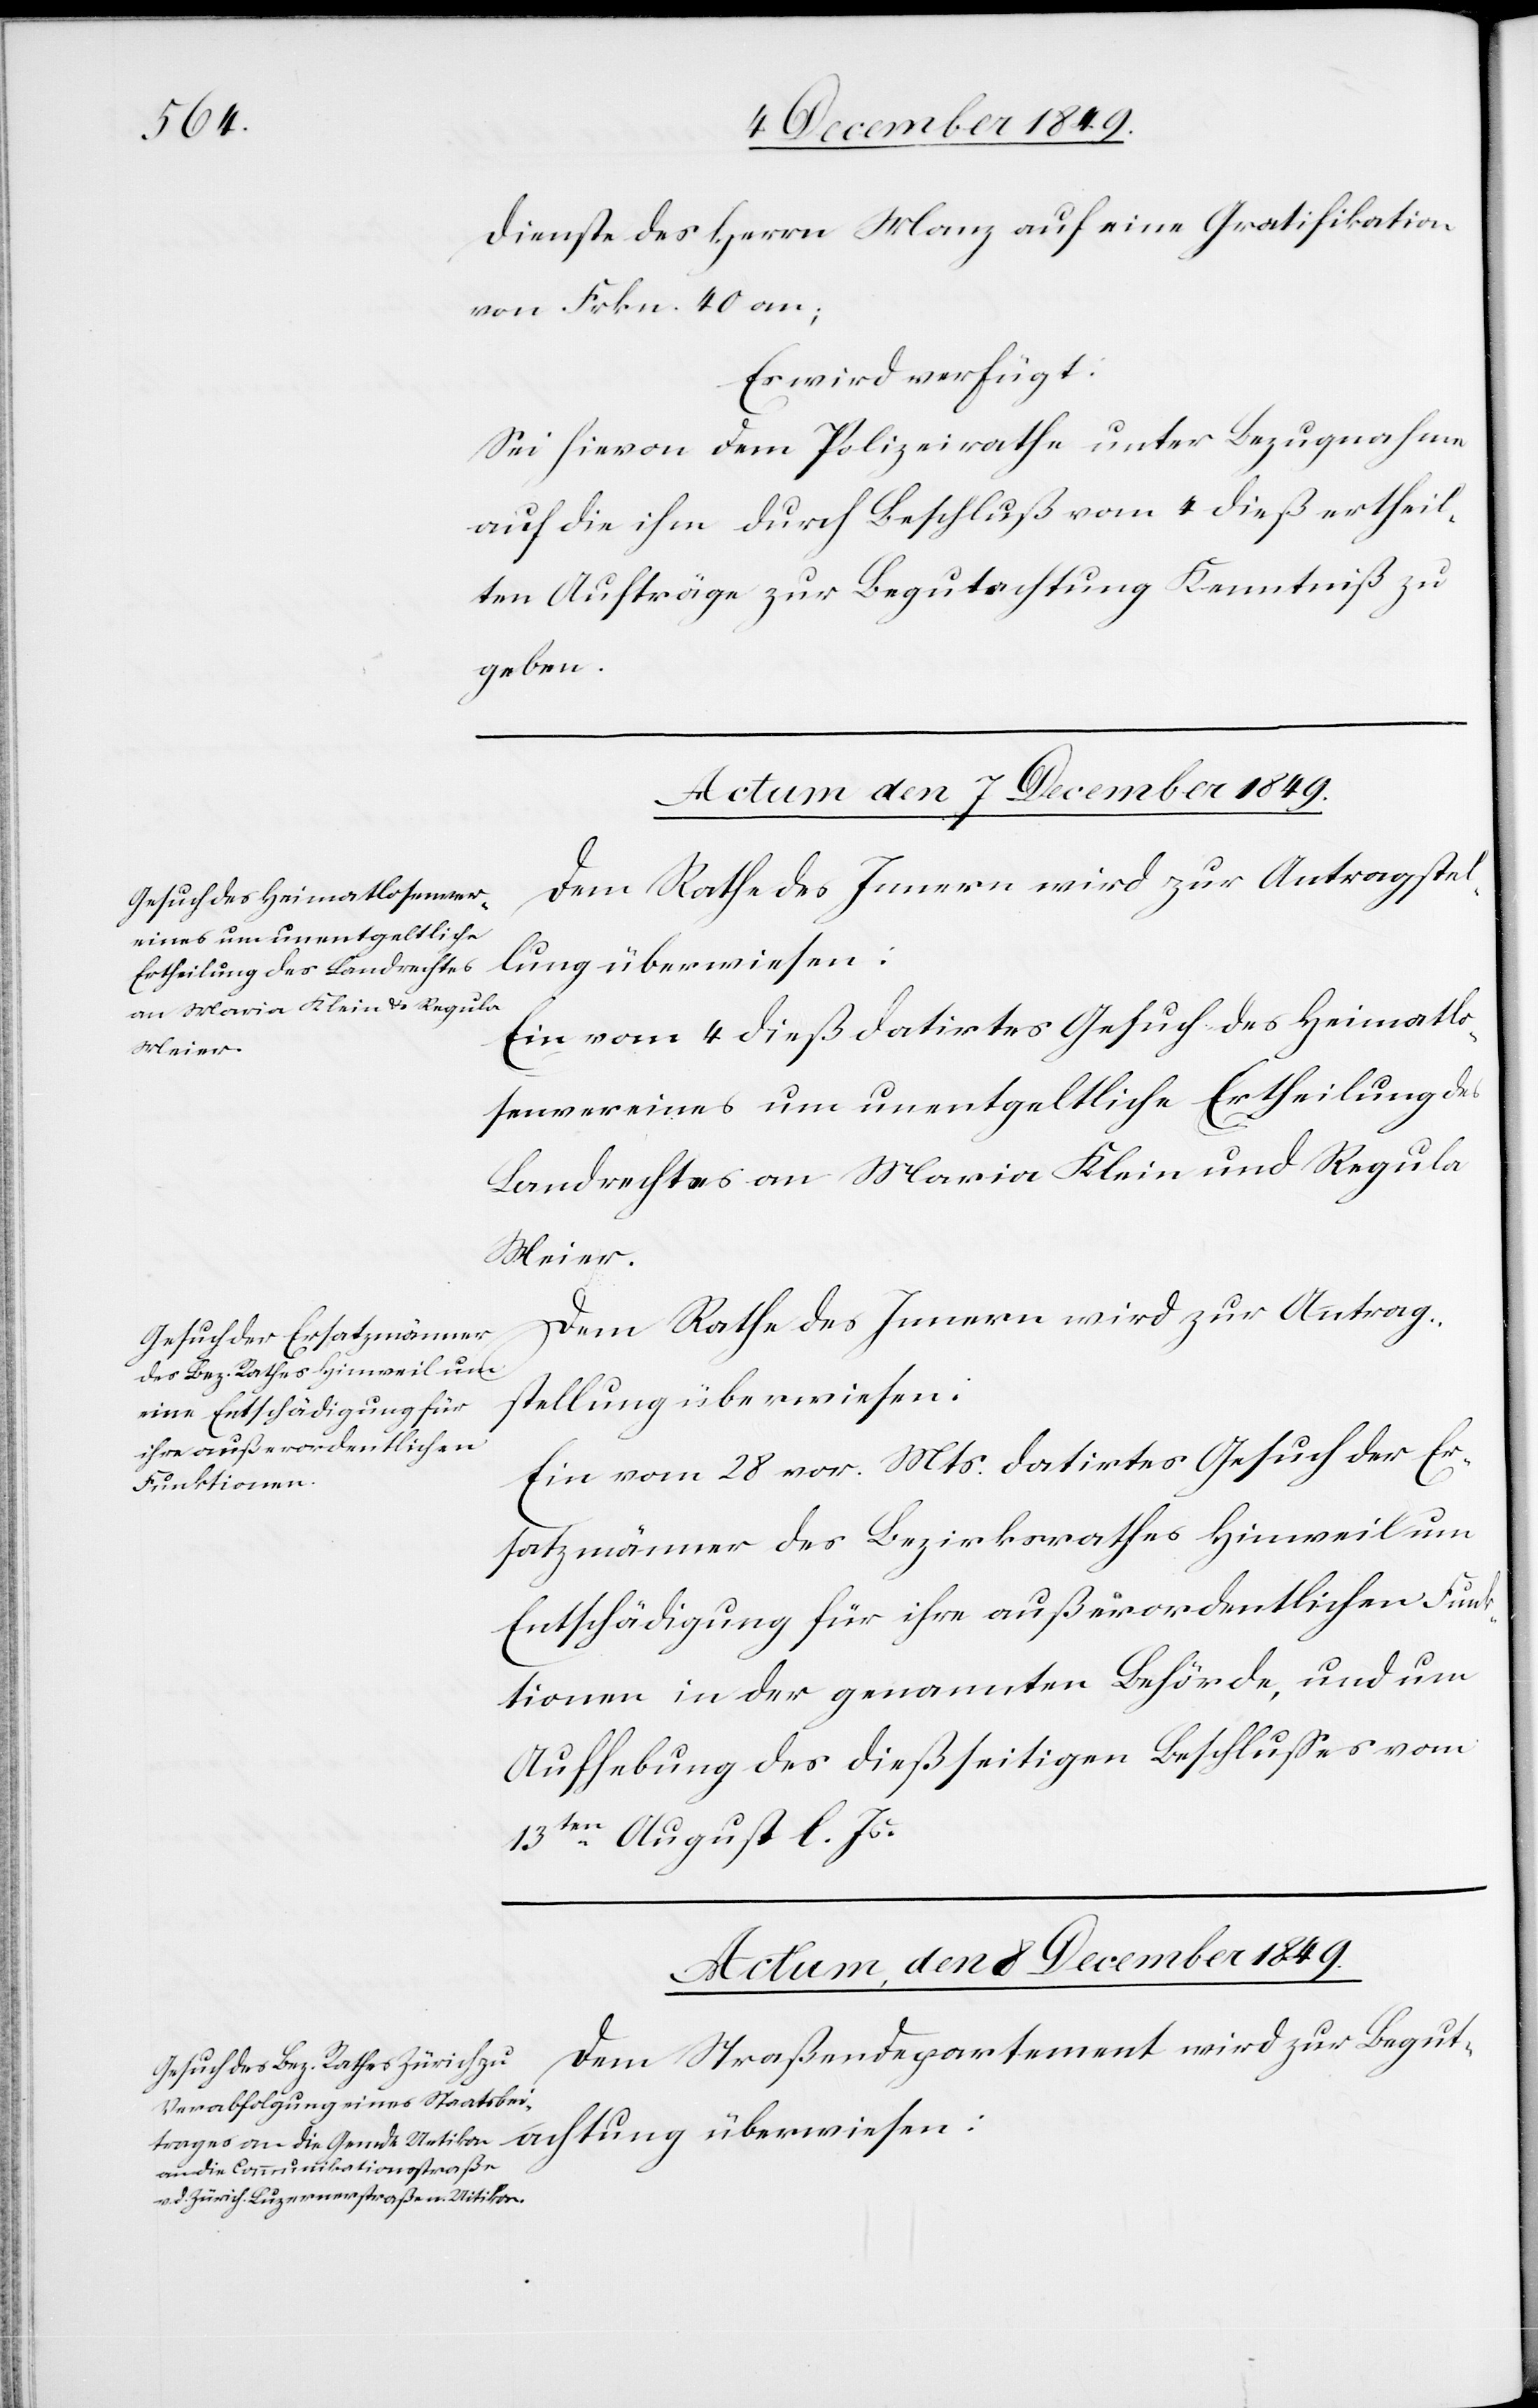
Dienste des Herrn Manz auf eine Gratifikation
von Frkn. 40 an;
Es wird verfügt:
Sei hievon dem Polizeirathe unter Bezugnahme
auf die ihm durch Beschluß vom 4 dieß ertheil¬
ten Aufträge zur Begutachtung Kenntniß zu
geben.
Actum, den 7 December 1849.]
Dem Rathe des Innern wird zur Antragstel¬
chtung überwiesen:
Ein vom 4 dieß datirtes Gesuch des Heimatlo¬
senvereines um unentgeldliche Ertheilung des
Landrechtes an Maria Klein und Regula
Meier.
Ein vom 28 v. Mts. datirtes Gesuch der Er¬
satzmänner des Bezirksrathes Hinweil um
Entschädigung für ihre außerordentlichen Funk¬
tionen in der genannten Behörde, und um
Aufhebung des dießseitigen Beschlußes vom
13ten August l. Js.
Actum, den 8 December 1849.
Dem Straßendepartement wird zur Beguta¬